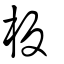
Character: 板